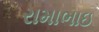
રામાભાઇ